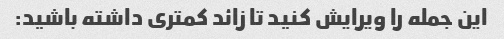
این جمله را ویرایش کنید تا زائد کمتری داشته باشید: